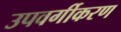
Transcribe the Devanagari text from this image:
उपवर्गीकरण